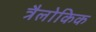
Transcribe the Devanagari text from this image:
त्रैलोकिक